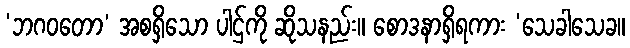
‘ဘဂဝတော’ အစရှိသော ပါဌ်ကို ဆိုသနည်း။ စောဒနာရှိရကား ‘သေခါသေခ။